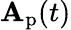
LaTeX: \mathbf{A}_{\textrm{p}}(t)